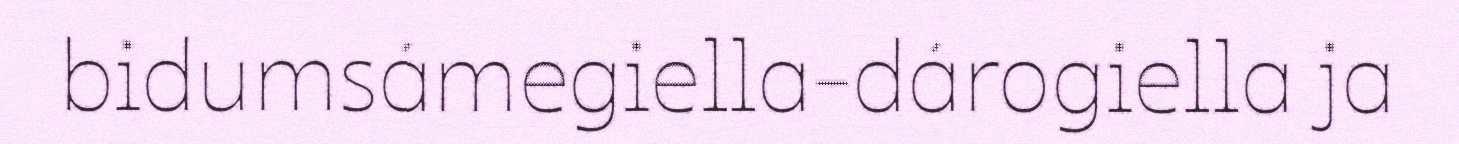
bidumsámegiella-dárogiella ja